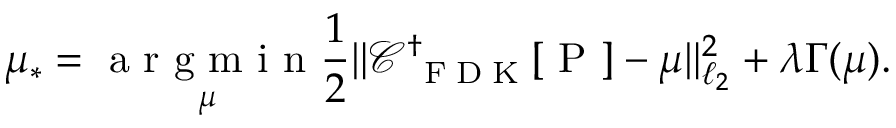
\mu _ { * } = \underset { \mu } { \mathrm { ~ a ~ r ~ g ~ m ~ i ~ n ~ } } \frac 1 2 \| \mathcal C _ { \mathrm { ~ \tiny ~ F ~ D ~ K ~ } } ^ { \dagger } [ \mathrm { ~ P ~ } ] - \mu \| _ { \ell _ { 2 } } ^ { 2 } + \lambda \Gamma ( \mu ) .